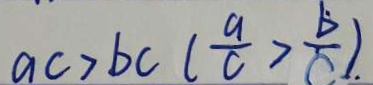
a c > b c ( \frac { a } { c } > \frac { b } { c } ) .